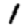
Digit: 1